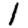
Digit: 1